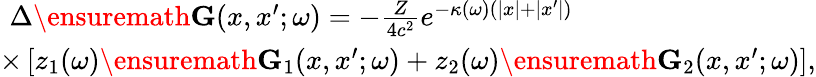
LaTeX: \begin{array}{r}{\Delta\ensuremath{\mathbf{G}}(x,x^{\prime};\omega)=-\frac{Z}{4c^{2}}e^{-\kappa(\omega)(|x|+|x^{\prime}|)}\phantom{xxxxxxxxxxxxxxx}}\\ {\times\left[z_{1}(\omega)\ensuremath{\mathbf{G}}_{1}(x,x^{\prime};\omega)+z_{2}(\omega)\ensuremath{\mathbf{G}}_{2}(x,x^{\prime};\omega)\right],}\end{array}